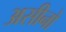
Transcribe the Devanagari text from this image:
असीनो